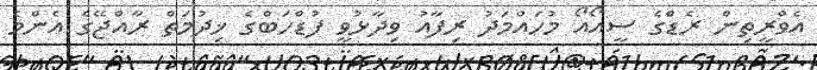
އެވްރީތިން ރެޑްގެ ސީއޯއޯ މުހައްމަދު ރިފާއު ވިދާޅުވީ ފުޑްހަބްގެ ޚިދުމަތް ރާއްޖޭގެ އެންމެ